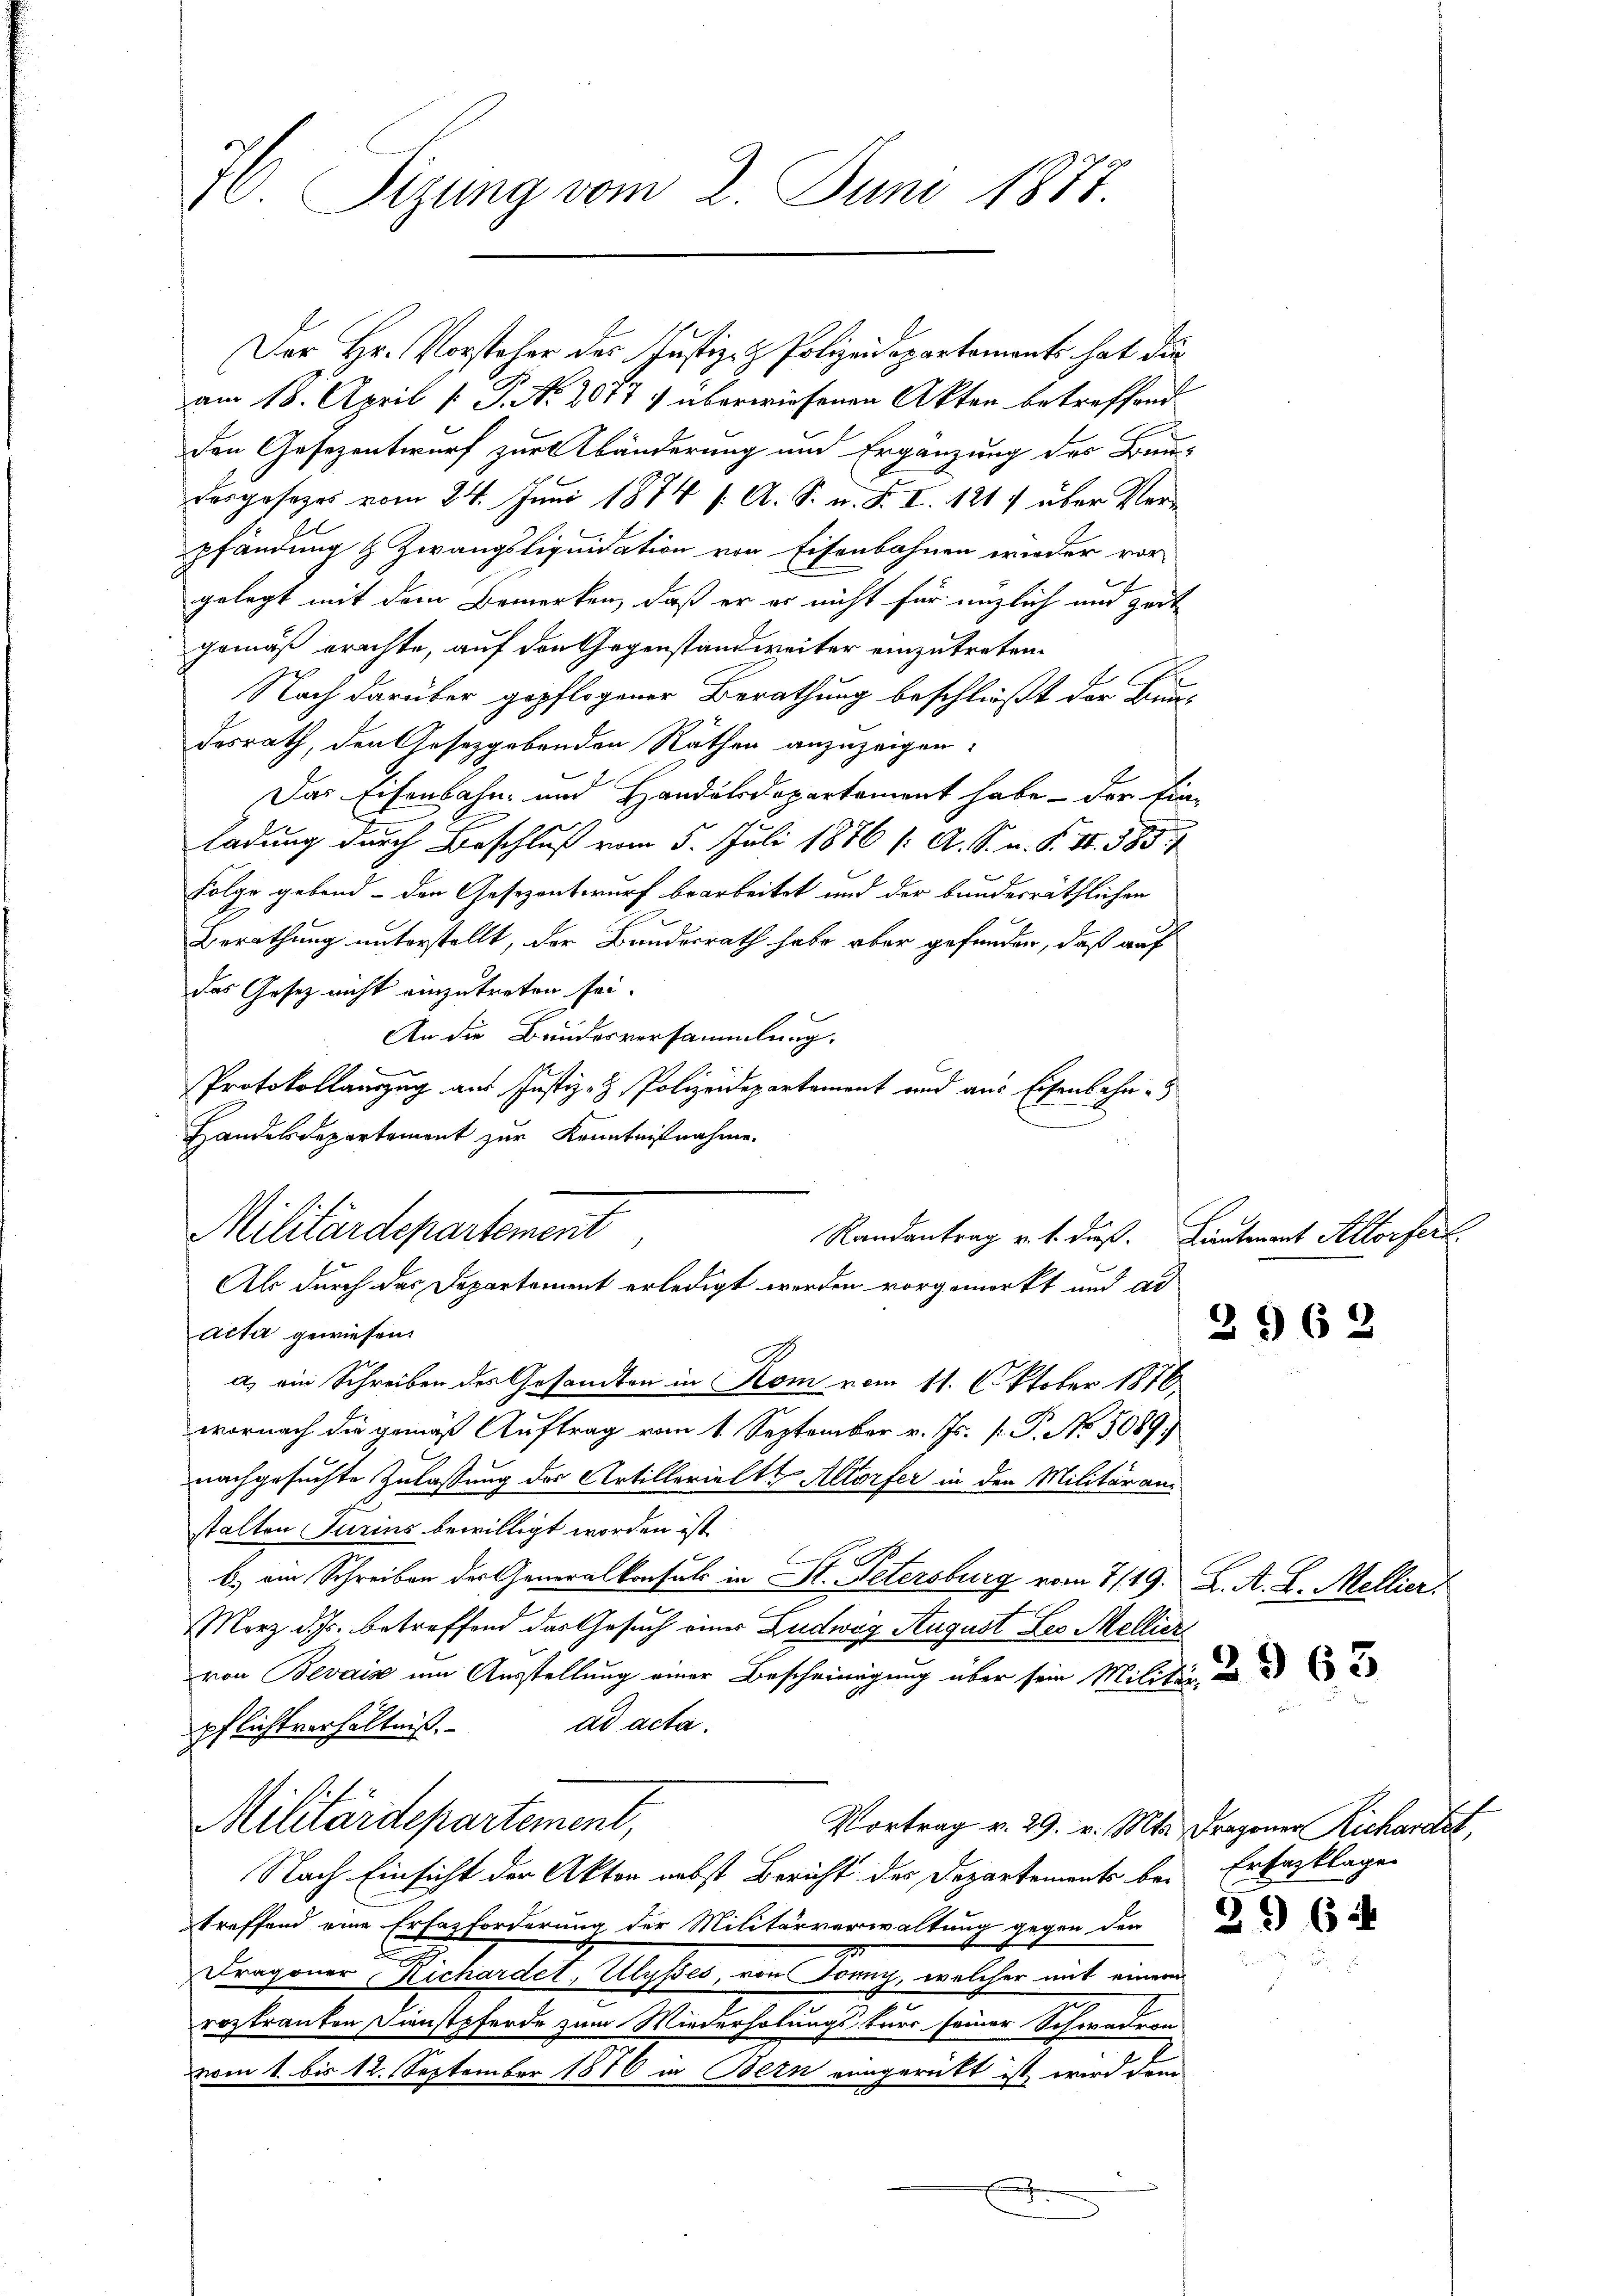
70. Sizung vom 2. Juni 1877.

Der Hr. Vorsteher des Justiz- & Polizeidepartements hat die
am 18. April [ P. No. 2071 :/ überwiesenen Akten betreffend
Den Gesezentwurf zur Abänderung und Ergänzung des Bundesgesezes vom 24. Juni 1874 /: A. S. n. F. I. 121) über Verpfändung & Zwangsliquidation von Eisenbahnen wieder vor-
gelegt mit dem Bemerken, daß er er nicht für möglich und zeit
gemäß erachte, auf den Gegenstand weiter einzutreten.
1
Nach darüber gepflogener Berathung beschließt der Banndesrath, den Gesetzgebenden Räthen anzuzeigen.
Das Eisenbahn- und Handelsdepartement habe - der Einladung durch Beschluß vom 5. Juli 1876 (: A. S. u. S. 47. 385
Folge gebend - den Gesezentwurf bearbeitet und der bundesräthlichen
Berathung unterstellt, der Bundesrath habe aber gefunden, daß auf
das Gesetz nicht einzutreten sei.
An die Bundesversammlung.
n
acta gewiesen.
a) ein Schreiben des Gesandten in Kom vom 11. Oktober 1876
wornach die gemäß Auftrag vom 1. September v. Js. [: P. No. 5089.
nachgesuchte Zulassung der Artillerielte Altorfer in den Militäranstalten Jurins bewilligt worden ist.
C
b.) am Schreiben der Generalkonsuls in St. Petersburg vom 7/19. K. A. L. Mellier.
Merz d. Js. betreffend das Gesuch einer Ludwig August des Mellier
von Bevais um Ausstellung einer Bescheinigung über sein Militig
ad acta.
pflichtverhältniß.
Militärdepartement,
Vortrag v. 29. v. Mts. Dragoner Richaract,
Nach Einsicht der Akten nebst Bericht des Departements bei Erfasklage
treffend eine Erfasforderung der Militärverwaltung gegen den
.
Fragoner Richardet, Ulysses, von Jonny, welcher mit einer
roztranken Dienstpferde zum Wiederholungs-Kurs seiner Schwadron
vom 1. bis 12. September 1876 in Bern eingerückt ist wird dem
.

Protokollauszug aus Justiz- & Polizeidepartament und aus Eisenbahn¬
Handelsdepartement zur Kenntnißnahme.
Militärdepartement
Randantrag v. 1. dieß.
Als durch das Departement erledigt werden vorgemerkt und ad

Lautenant Altorfert.

2962

3964